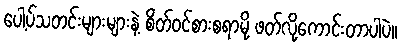
ပေါ့ပ်သတင်းများများနဲ့ စိတ်ဝင်စားစရာမို့ ဖတ်လို့ကောင်းတာပါပဲ။